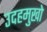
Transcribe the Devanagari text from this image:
उदहमुखो